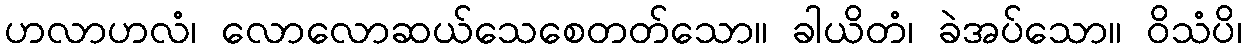
ဟလာဟလံ၊ လောလောဆယ်သေစေတတ်သော။ ခါယိတံ၊ ခဲအပ်သော။ ဝိသံပိ၊